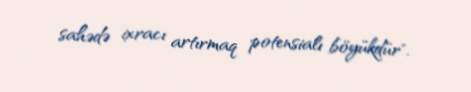
sahədə ixracı artırmaq potensialı böyükdür".